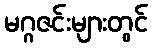
မဂ္ဂဇင်းများတွင်